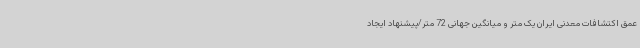
عمق اکتشافات معدنی ایران یک متر و میانگین جهانی 72 متر/پیشنهاد ایجاد